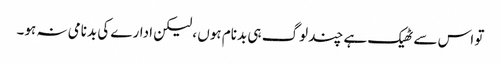
تو اس سے ٹھیک ہے چند لوگ ہی بدنام ہوں ، لیکن ادارے کی بدنامی نہ ہو۔